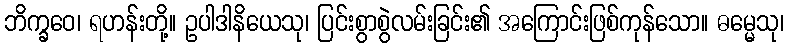
ဘိက္ခဝေ၊ ရဟန်းတို့။ ဥပါဒါနိယေသု၊ ပြင်းစွာစွဲလမ်းခြင်း၏ အကြောင်းဖြစ်ကုန်သော။ ဓမ္မေသု၊